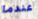
عندما